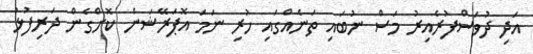
އަދި ދުވަސްފުރެއިރު މަސް ނުބައި ތަނެއްގައި ހުރި ނަމަ އޮޕަރޭޝަން ކޮށްގެން ދަރިފުޅު